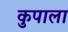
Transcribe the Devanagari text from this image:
कुपाला